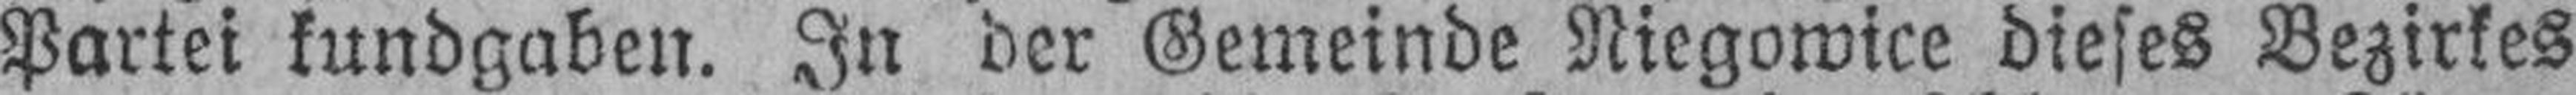
Partei kundgaben. In der Gemeinde Niegowice dieses Bezirkes